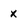
Character: x